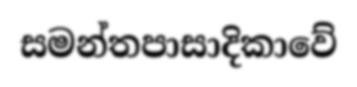
සමන්තපාසාදිකාවේ